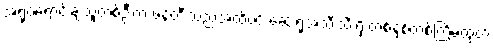
အရုပ်ရောင်းချသူတစ်ဦးက ဖန်တီးသည်အထိပင် ဆေးရုံအသီးသီးရှိ တစ်နှစ်တစ်ကြိမ်ထုတ်